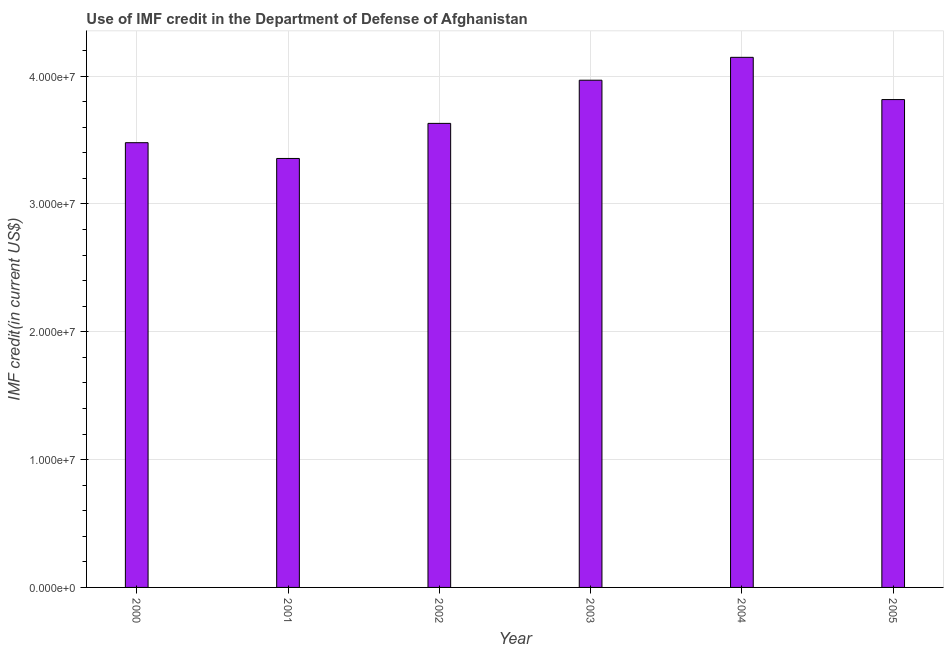
| Year | Use of IMF credit (DOD |
 | --- | --- |
 | 2000 | 3.48e+07 |
 | 2001 | 3.36e+07 |
 | 2002 | 3.63e+07 |
 | 2003 | 3.97e+07 |
 | 2004 | 4.15e+07 |
 | 2005 | 3.82e+07 |